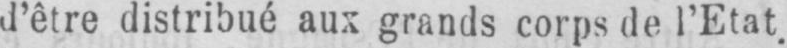
d’être distribué aux grands corps de l’Etat.